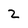
Character: 2